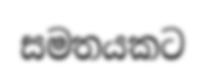
සමතයකට